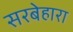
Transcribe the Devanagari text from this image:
सरबेहारा